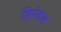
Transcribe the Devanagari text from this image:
हिरंदम